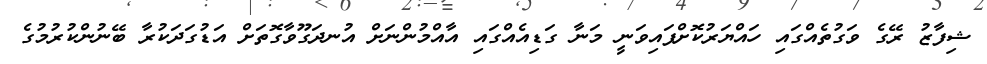
ޝިފާޒު ރޭގެ ވަގުތެއްގައި ހައްޔަރުކޮށްފައިވަނީ މަނާ ގަޑިއެއްގައި އާއްމުންނަށް އުނދަގޫވާގޮތަށް އަޑުގަދަކުރާ ބޭނުންކުރުމުގެ